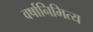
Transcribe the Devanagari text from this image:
वर्षानिमित्‍य